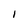
Character: I